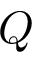
Q